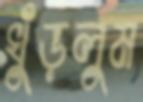
খুঁড়লুম